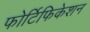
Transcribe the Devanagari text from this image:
फोर्टिफिकेशन